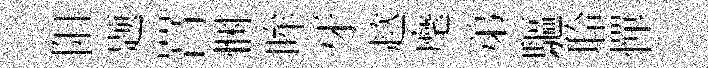
阳题罥悃眸牙趑麾弟驅聆憚